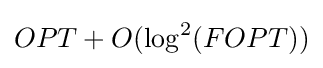
OPT+O(\log ^{2}(FOPT))